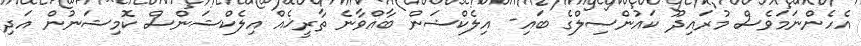
އެހެންނަމަވެސް މުރައިދޫ ކައުންސިލްގެ ބައި- އިލެކްޝަން ބާއްވާނެ ތާރީޚެއް އިލެކްޝަންސް ކޮމިޝަނުން އަދި